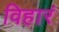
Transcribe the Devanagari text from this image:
विहारं